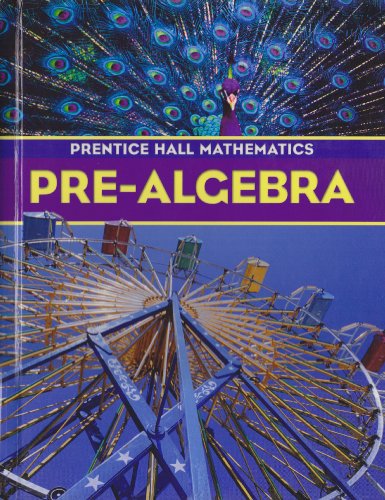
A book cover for Pre-Algebra; Randall I. Charles; Teen & Young Adult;